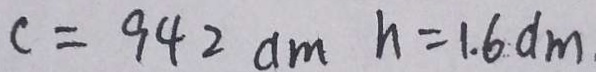
c = 9 4 2 d m h = 1 . 6 d m